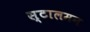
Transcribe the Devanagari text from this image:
स्टालमन